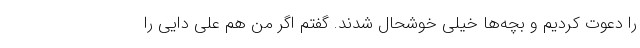
را دعوت کردیم و بچه‌ها خیلی خوشحال شدند. گفتم اگر من هم علی دایی را